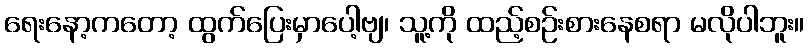
ရေးနော့ကတော့ ထွက်ပြေးမှာပေါ့ဗျ၊ သူ့ကို ထည့်စဉ်းစားနေစရာ မလိုပါဘူး။